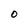
Character: O